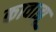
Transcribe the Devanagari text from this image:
कावाझू